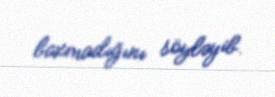
baxmadığını söyləyib.